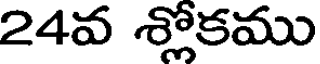
24వ శ్లోకము